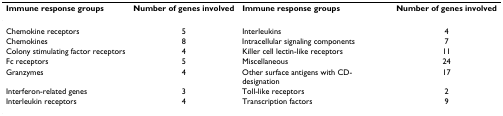
<table><thead><tr><td><b>Immune response groups</b></td><td><b>Number of genes involved</b></td><td><b>Immune response groups</b></td><td><b>Number of genes involved</b></td></tr></thead><tbody><tr><td>Chemokine receptors</td><td>5</td><td>Interleukins</td><td>4</td></tr><tr><td>Chemokines</td><td>8</td><td>Intracellular signaling components</td><td>7</td></tr><tr><td>Colony stimulating factor receptors</td><td>4</td><td>Killer cell lectin-like receptors</td><td>11</td></tr><tr><td>Fc receptors</td><td>5</td><td>Miscellaneous</td><td>24</td></tr><tr><td>Granzymes</td><td>4</td><td>Other surface antigens with CD-designation</td><td>17</td></tr><tr><td>Interferon-related genes</td><td>3</td><td>Toll-like receptors</td><td>2</td></tr><tr><td>Interleukin receptors</td><td>4</td><td>Transcription factors</td><td>9</td></tr></tbody></table>